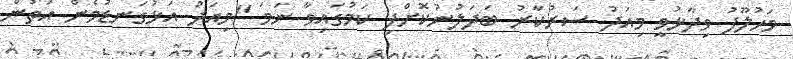
މަހުލޫފު ވިދާޅުވީ މިއަދު ސަރުކާރު ބަދަލުނުކޮށްފި ކަމުގައިވާ ނަމަ "މިއަދު އަޅުގަނޑުމެން އަތުން